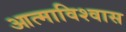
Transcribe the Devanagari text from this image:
आत्माविश्वास